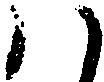
ハ